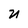
Character: U